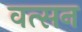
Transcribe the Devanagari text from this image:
वत्सन